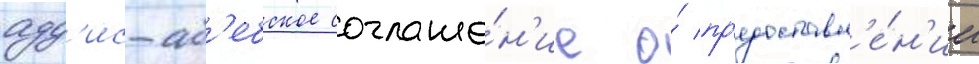
адд'ис-аб'ебское соглаше́н'ие о́ пр'едоставл'е́н'ии